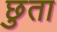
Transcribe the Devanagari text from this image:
छुता